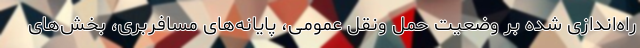
راه‌اندازی شده بر وضعیت حمل ونقل عمومی، پایانه‌های مسافربری، بخش‌های